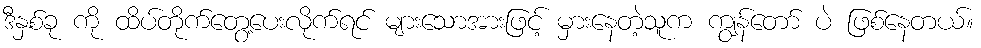
ဒီနှစ်ခု ကို ထိပ်တိုက်တွေ့ပေးလိုက်ရင် များသောအားဖြင့် မှားနေတဲ့သူက ကျွန်တော် ပဲ ဖြစ်နေတယ်။